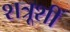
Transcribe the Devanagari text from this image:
शत्रूशीं